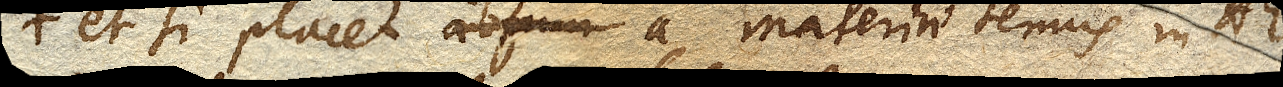
et si placet a materiae tenuis in AE.